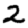
Digit: 2